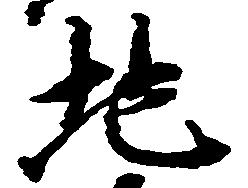
地